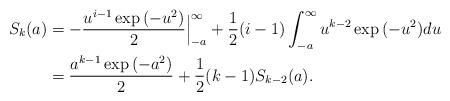
LaTeX: \begin{align*}S_k(a)&= -\frac{u^{i-1}\exp{(-u^2)}}{2}\Big|_{-a}^{\infty}+\frac{1}{2}(i-1)\int_{-a}^{\infty} u^{k-2}\exp{(-u^2)}du\\ &=\frac{a^{k-1}\exp{(-a^2)}}{2}+\frac{1}{2}(k-1)S_{k-2}(a).\end{align*}